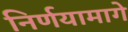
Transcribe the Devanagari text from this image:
निर्णयामागे